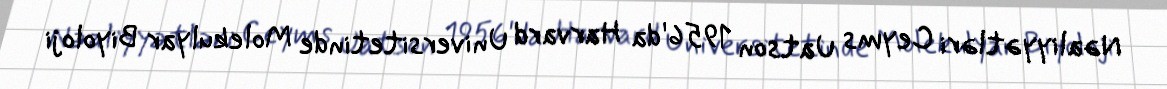
Nəaliyyətləri Ceyms Uatson 1956'da Harvard Universitetinde Molekulyar Biyoloji